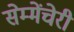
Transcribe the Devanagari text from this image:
सेम्मेंचेरी